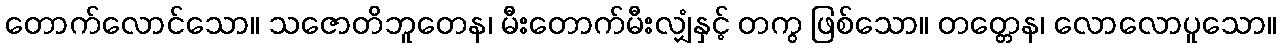
တောက်လောင်သော။ သဇောတိဘူတေန၊ မီးတောက်မီးလျှံနှင့် တကွ ဖြစ်သော။ တတ္တေန၊ လောလောပူသော။